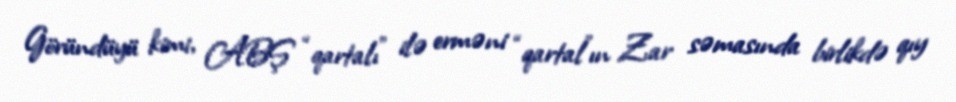
Göründüyü kimi, ABŞ “qartalı” ilə erməni “qartal”ın Zar səmasında birlikdə qıy